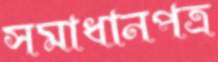
সমাধানপত্র